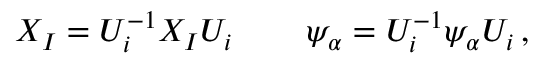
X _ { I } = U _ { i } ^ { - 1 } X _ { I } U _ { i } \, \qquad \psi _ { \alpha } = U _ { i } ^ { - 1 } \psi _ { \alpha } U _ { i } \, ,